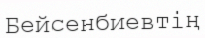
Бейсенбиевтің